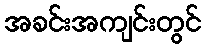
အခင်းအကျင်းတွင်